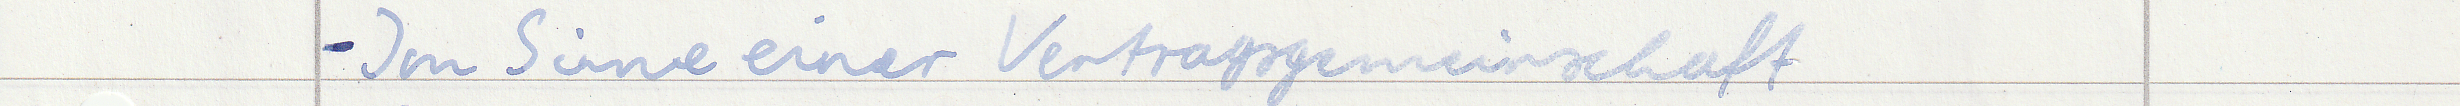
- Im Sinne einer Vertragsgemeinschaft